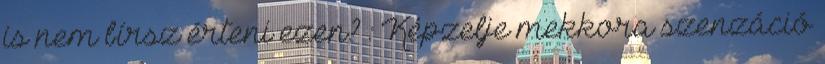
is nem bírsz érteni ezen? : Képzelje mekkora szenzáció